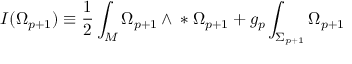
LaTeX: I ( \Omega _ { p + 1 } ) \equiv { } \frac { 1 } { 2 } \int _ { \cal { M } } \Omega _ { p + 1 } \wedge { } * \Omega _ { p + 1 } { } + g _ { p } \int _ { \Sigma _ { p + 1 } } \Omega _ { p + 1 }